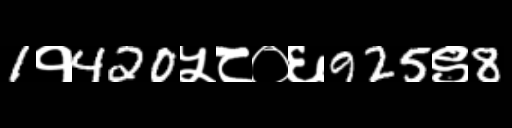
Text: 1१420५८०६925९8